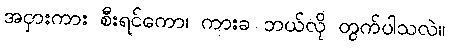
အငှားကား စီးရင်ကော၊ ကားခ ဘယ်လို တွက်ပါသလဲ။